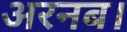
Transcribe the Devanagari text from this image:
अरनब।